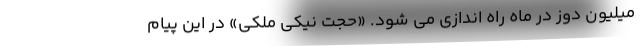
میلیون دوز در ماه راه اندازی می شود. «حجت نیکی ملکی» در این پیام